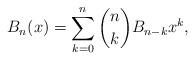
LaTeX: \begin{align*}B_n (x) = \sum_{k = 0}^n {\binom nk B_{n - k} x^{k} },\end{align*}